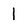
Character: 1